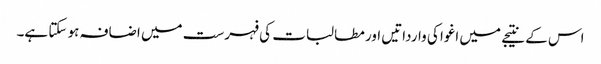
اس کے نتیجے میں اغوا کی وارداتیں اور مطالبات کی فہرست میں اضافہ ہو سکتا ہے۔